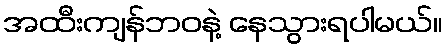
အထီးကျန်ဘဝနဲ့ နေသွားရပါမယ်။